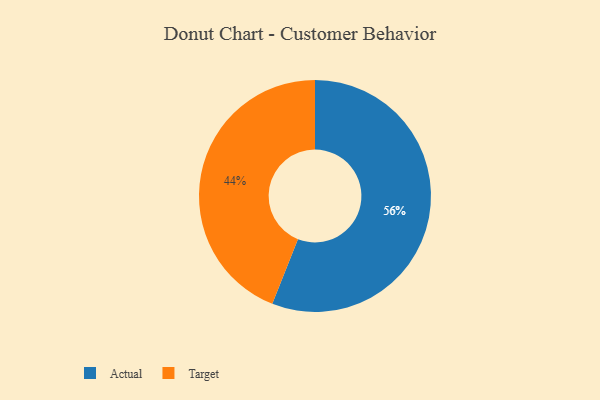
{"axis": {"x": "Category", "y": "Percentage"}, "legend": ["Actual", "Target"], "data": [{"x": "Actual", "y": 56, "type": "Actual"}, {"x": "Target", "y": 44, "type": "Target"}]}